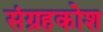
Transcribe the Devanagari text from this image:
संग्रहकोश